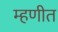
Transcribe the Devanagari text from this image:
म्हणीत